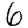
Digit: 6